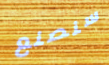
سنصنع